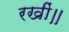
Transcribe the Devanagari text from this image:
रखीं॥